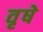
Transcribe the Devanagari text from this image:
वृषे